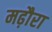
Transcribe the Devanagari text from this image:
मढ़ौरा